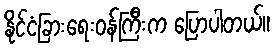
နိုင်ငံခြားရေးဝန်ကြီးက ပြောပါတယ်။